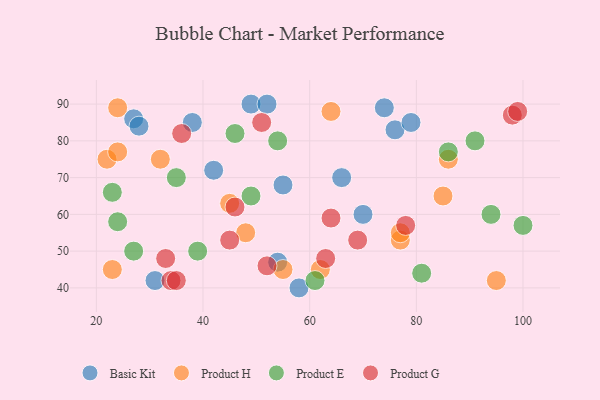
{"axis": {"x": "GDP", "y": "Life Expectancy"}, "legend": ["Basic Kit", "Product E", "Product G", "Product H"], "data": [{"x": "76", "y": 83, "type": "Basic Kit"}, {"x": "27", "y": 86, "type": "Basic Kit"}, {"x": "70", "y": 60, "type": "Basic Kit"}, {"x": "66", "y": 70, "type": "Basic Kit"}, {"x": "31", "y": 42, "type": "Basic Kit"}, {"x": "79", "y": 85, "type": "Basic Kit"}, {"x": "28", "y": 84, "type": "Basic Kit"}, {"x": "74", "y": 89, "type": "Basic Kit"}, {"x": "49", "y": 90, "type": "Basic Kit"}, {"x": "38", "y": 85, "type": "Basic Kit"}, {"x": "52", "y": 90, "type": "Basic Kit"}, {"x": "58", "y": 40, "type": "Basic Kit"}, {"x": "55", "y": 68, "type": "Basic Kit"}, {"x": "54", "y": 47, "type": "Basic Kit"}, {"x": "42", "y": 72, "type": "Basic Kit"}, {"x": "23", "y": 45, "type": "Product H"}, {"x": "77", "y": 53, "type": "Product H"}, {"x": "24", "y": 89, "type": "Product H"}, {"x": "48", "y": 55, "type": "Product H"}, {"x": "64", "y": 88, "type": "Product H"}, {"x": "86", "y": 75, "type": "Product H"}, {"x": "77", "y": 55, "type": "Product H"}, {"x": "32", "y": 75, "type": "Product H"}, {"x": "62", "y": 45, "type": "Product H"}, {"x": "95", "y": 42, "type": "Product H"}, {"x": "22", "y": 75, "type": "Product H"}, {"x": "55", "y": 45, "type": "Product H"}, {"x": "85", "y": 65, "type": "Product H"}, {"x": "45", "y": 63, "type": "Product H"}, {"x": "24", "y": 77, "type": "Product H"}, {"x": "81", "y": 44, "type": "Product E"}, {"x": "94", "y": 60, "type": "Product E"}, {"x": "46", "y": 82, "type": "Product E"}, {"x": "61", "y": 42, "type": "Product E"}, {"x": "86", "y": 77, "type": "Product E"}, {"x": "54", "y": 80, "type": "Product E"}, {"x": "35", "y": 70, "type": "Product E"}, {"x": "27", "y": 50, "type": "Product E"}, {"x": "91", "y": 80, "type": "Product E"}, {"x": "23", "y": 66, "type": "Product E"}, {"x": "24", "y": 58, "type": "Product E"}, {"x": "100", "y": 57, "type": "Product E"}, {"x": "39", "y": 50, "type": "Product E"}, {"x": "49", "y": 65, "type": "Product E"}, {"x": "63", "y": 48, "type": "Product G"}, {"x": "98", "y": 87, "type": "Product G"}, {"x": "46", "y": 62, "type": "Product G"}, {"x": "34", "y": 42, "type": "Product G"}, {"x": "52", "y": 46, "type": "Product G"}, {"x": "99", "y": 88, "type": "Product G"}, {"x": "64", "y": 59, "type": "Product G"}, {"x": "36", "y": 82, "type": "Product G"}, {"x": "78", "y": 57, "type": "Product G"}, {"x": "45", "y": 53, "type": "Product G"}, {"x": "35", "y": 42, "type": "Product G"}, {"x": "69", "y": 53, "type": "Product G"}, {"x": "33", "y": 48, "type": "Product G"}, {"x": "51", "y": 85, "type": "Product G"}]}